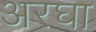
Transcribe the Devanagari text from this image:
अरघा